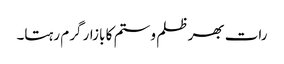
رات بھر ظلم و ستم کا بازار گرم رہتا۔